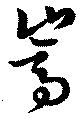
嵩